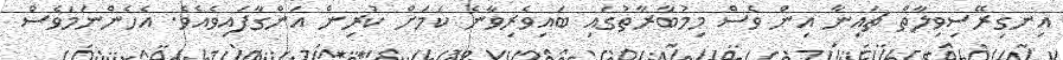
އިނގިރޭސިވިލާތް ޗައިނާ އިން ވެސް މިމުބާރާތުގައި ބައިވެރިވާނެ ކަމަށް ކުރިން އަންގާފައިވެއެވެ. އެހެންނަމަވެސް